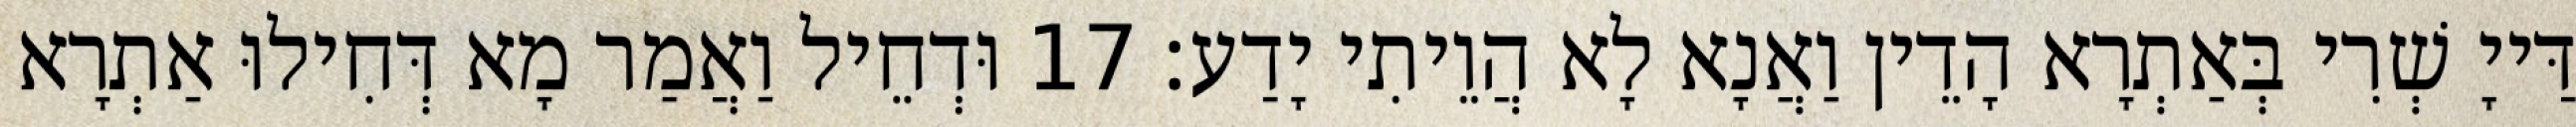
דַּייָ שְׁרִי בְּאַתְרָא הָדֵין וַאֲנָא לָא הֲוֵיתִי יָדַע׃ 17 וּדְחֵיל וַאֲמַר מָא דְּחִילוּ אַתְרָא